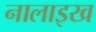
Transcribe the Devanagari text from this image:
नालाइख